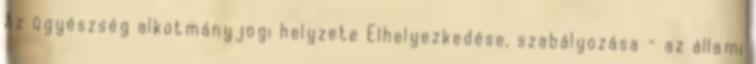
Az ügyészség alkotmányjogi helyzete Elhelyezkedése, szabályozása - az állami